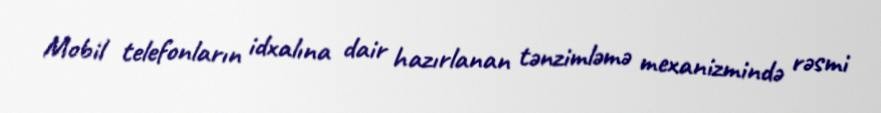
Mobil telefonların idxalına dair hazırlanan tənzimləmə mexanizmində rəsmi